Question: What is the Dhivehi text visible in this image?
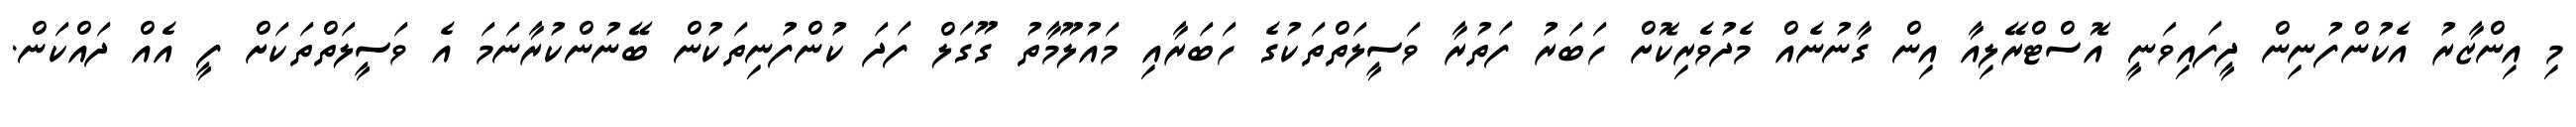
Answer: މި އިންޒާރު އެކުންފުނިން ދީފައިވަނީ އޮސްޓްރޭލިއާ އިން ގާނުނެއް މެދުވެރިކޮށް ހަބަރު ފަތުރާ ވަސީލަތްތަކުގެ ހަބަރާއި މައުލޫމާތު ގޫގަލް ފަދަ ކުންފުނިތަކުން ބޭނުންކުރާނަމަ އެ ވަސީލަތްތަކަށް ފީ އެއް ދައްކަން.